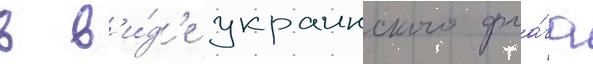
в в'и́д'е украинского фла́га